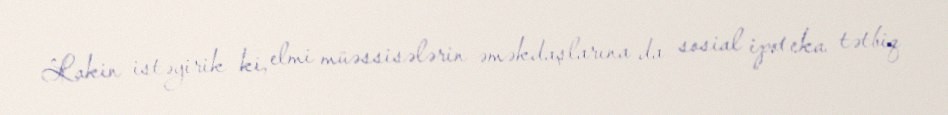
Lakin istəyirik ki, elmi müəssisələrin əməkdaşlarına da sosial ipoteka tətbiq